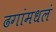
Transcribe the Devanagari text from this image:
ढगांमधलं